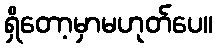
ရှိတော့မှာမဟုတ်ပေ။